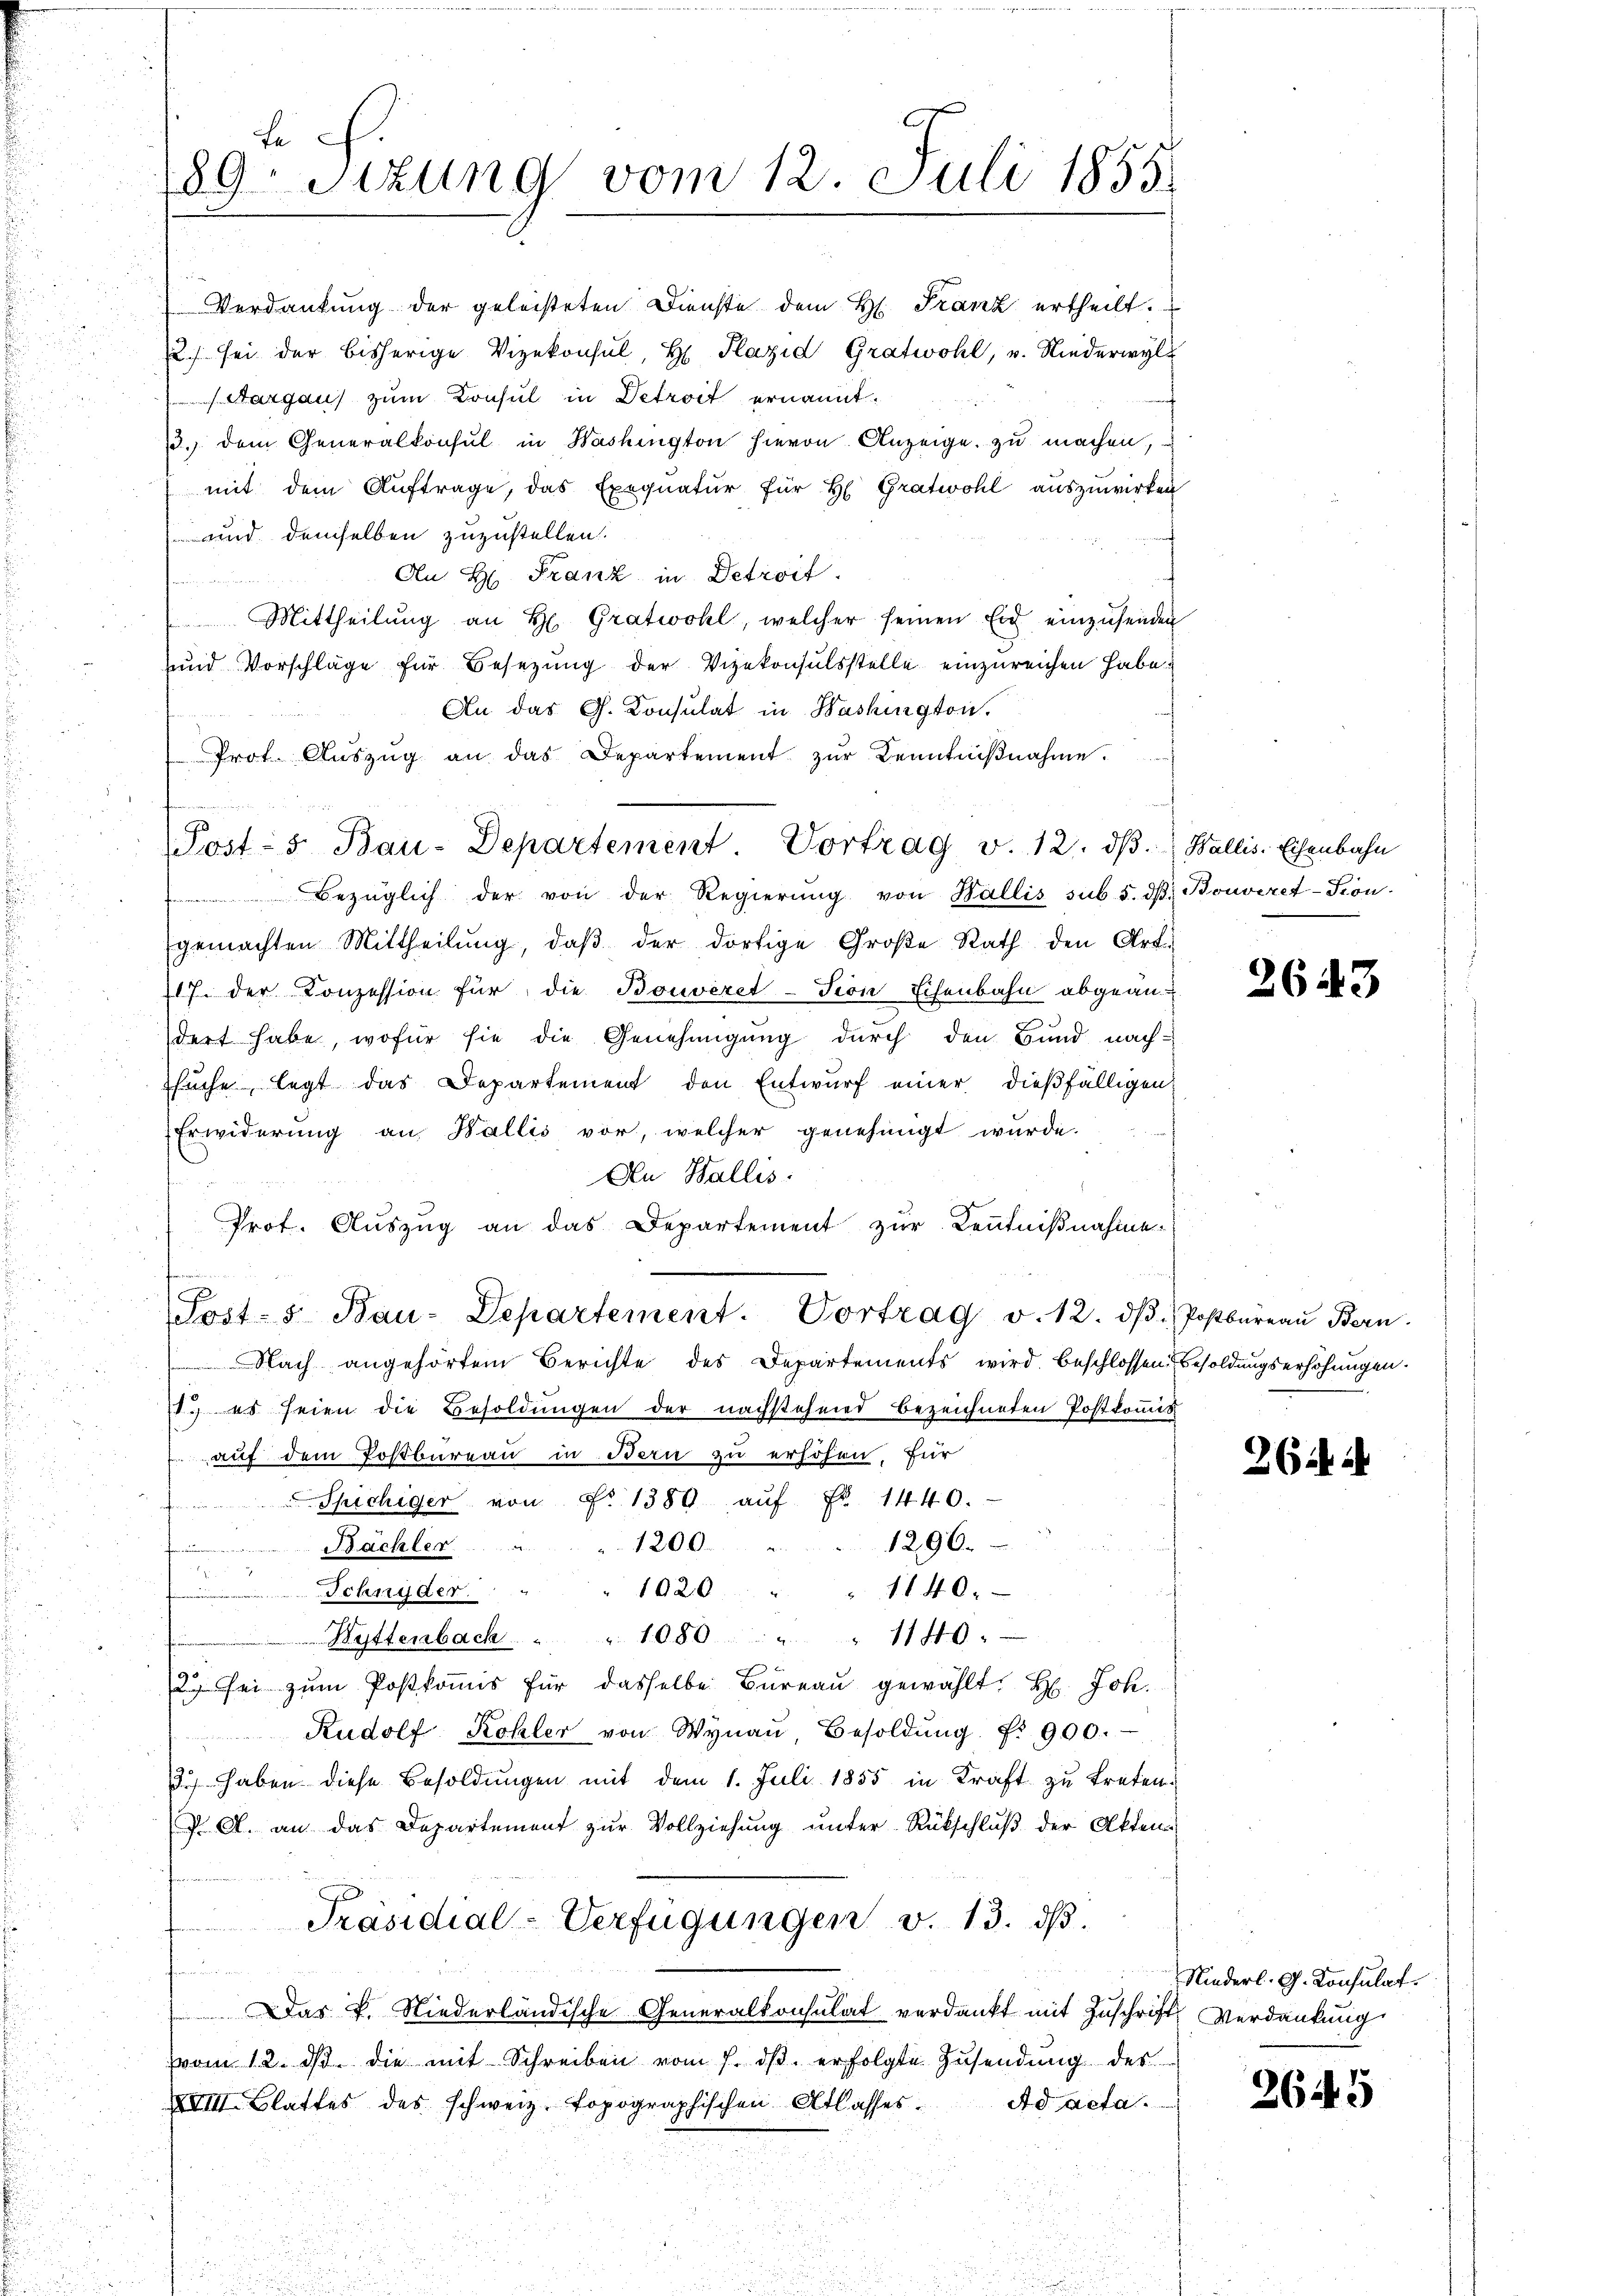
Verdankung der geleisteten Dienste dem H. Franz ertheilt.
12.) sei der bisherige Vizekonsul, H. Plazid Gratwohl, u. Niederwyl
Aargau) zum Konsul in Detroit ernannt.
13. dem Generalkonsul in Washington hievon Anzeige zu machen,
mit dem Aŭftrage, das Exequatur für H. Gratwohl auszuwirken
und demselben zuzustellen.
Au H: Franz in Detroit.
ferien darum in
Mittheilŭng an H. Gratwohl, welcher seinen Eid einzusenden
und Vorschläge für Besetzung der Vizekonsulsstelle einzureichen habe.
An das G. Konsulat in Washington.
Bezüglich der von der Regierŭng von Wallis sub 5. dβ. Bonveret-Kon-
gemachten Mittheilŭng, daβ der dortige Große Rath den Art.
117. der Konzession für die Bouvezet-Tion Eisenbahn abgeän-
dert habe, wofür sie die Genehmigung durch den Bund nach-
suche, legt das Departement den Entwurf einer dießfälligen
Erwiderung an Wallis vor, welcher genehmigt wurde.
An Wallis.
Prof. Auszug an das Departement zur Kenntnißnahme.

Post- 5. Bau-Departement. Vortrag v. 12. dβ. Postbüreaŭ Bern.
Nach angehörtem Berichte des Departements wird beschlossen Besoldungserhöhungen.
. es seien die Besoldungen der nachstehend bezeichneten Postkomis
auf dem Postburgau in Bern zu erhöhen, für
Spichiger von No 1380 aŭf Fr. 1440.
1296.
1200.
n
Bächler.  ..  ..  ....
1020 " " 1140.
Schnyder
Hattenbach.  ..  .. 1080 " " 1140.
2 sei zum Postkommis für dasselbe Bureau gewählt. H. Joh.
Rudolf Kohler von Wynaŭ, Besoldŭng f. 900.
13.) haben diese Besoldungen mit dem 1. Juli 1855 in Kraft zu treten.
P A. an das Departement zur Vollziehung unter Rückschluß der Akten
Präsidial-Verfügungen v. 13. dβ.
n
Das P. Niederländische Generalkonsulat verdankt mit Zuschrift Verdankung
vom 12. ds. die mit Schreiben vom 7. dβ. erfolgte Zŭsendŭng des
XVIII Blattes des schweiz. topographischen Atlasses. Ad acta.

te .
89 Sitzung vom 12. Juli 1855.

Prot. Aŭszŭg an das Departement zŭr Kenntniβnahme.
(Post- 5. Bau-Departement Vortrag v. 12. dβ. Wallis. Eisenbahn

2643

2644

Niederl. G. Konsulat

2645